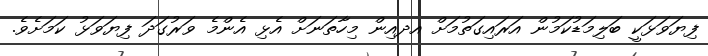
ފިޔަވަޅަކީ ބަލިމަޑުކަމުން އަރައިގަތުމަށް އދއިން މިހާތަނަށް އެޅި އެންމެ ވަރުގަދަ ފިޔަވަޅު ކަމަށެވެ.